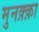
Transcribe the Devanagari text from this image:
मुनक़्क़ा